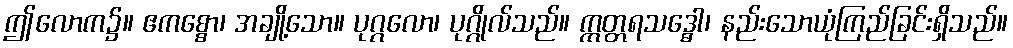
ဤလောက၌။ ဧကစ္စော၊ အချို့သော။ ပုဂ္ဂလော၊ ပုဂ္ဂိုလ်သည်။ ဣတ္တရသဒ္ဓေါ၊ နည်းသောယုံကြည်ခြင်းရှိသည်။